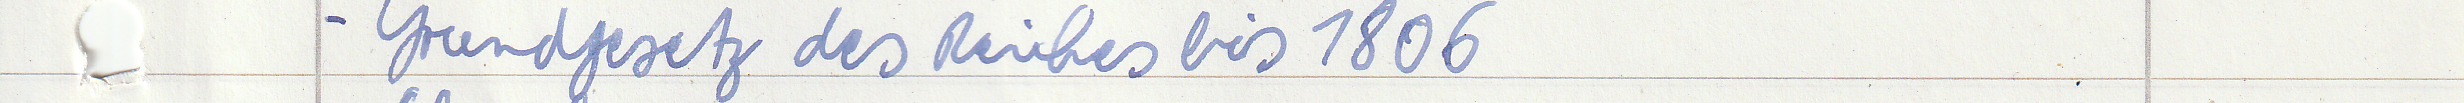
- Grundgesetz des Reiches bis 1806